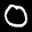
Label: 0